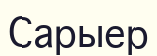
Сарыер